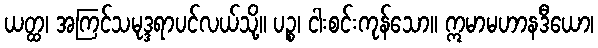
ယတ္ထ၊ အကြင်သမုဒ္ဒရာပင်လယ်သို့။ ပဉ္စ၊ ငါးစင်းကုန်သော။ ဣမာမဟာနဒီယော၊